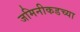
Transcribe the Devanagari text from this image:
जमिनीकडच्या